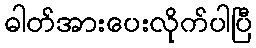
ဓါတ်အားပေးလိုက်ပါပြီ